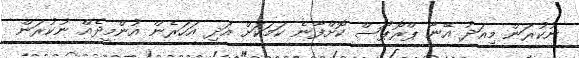
ނުކުރަން މިއަދު އޭނާ ޕްރޮޕޯސް ކޮށްފާނެ ކަމަކަށް އަދި އަހަރެން އުންމީދެއް ނުކުރަން